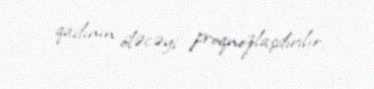
qadının öləcəyi proqnozlaşdırılır.